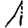
Digit: 1